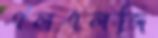
এলএলজি